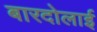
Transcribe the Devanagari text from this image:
बारदोलाई